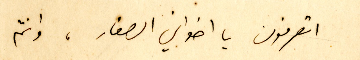
اتعرفون يا اخواني الصغار، وانتم